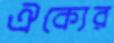
ঐক্যের